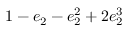
1 - e _ { 2 } - e _ { 2 } ^ { 2 } + 2 e _ { 2 } ^ { 3 }